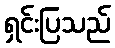
ရှင်းပြသည်